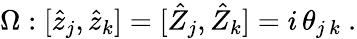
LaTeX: \Omega:[\hat{z}_{j},\hat{z}_{k}]=[\hat{Z}_{j},\hat{Z}_{k}]=i\, \theta_{j\, k}~.